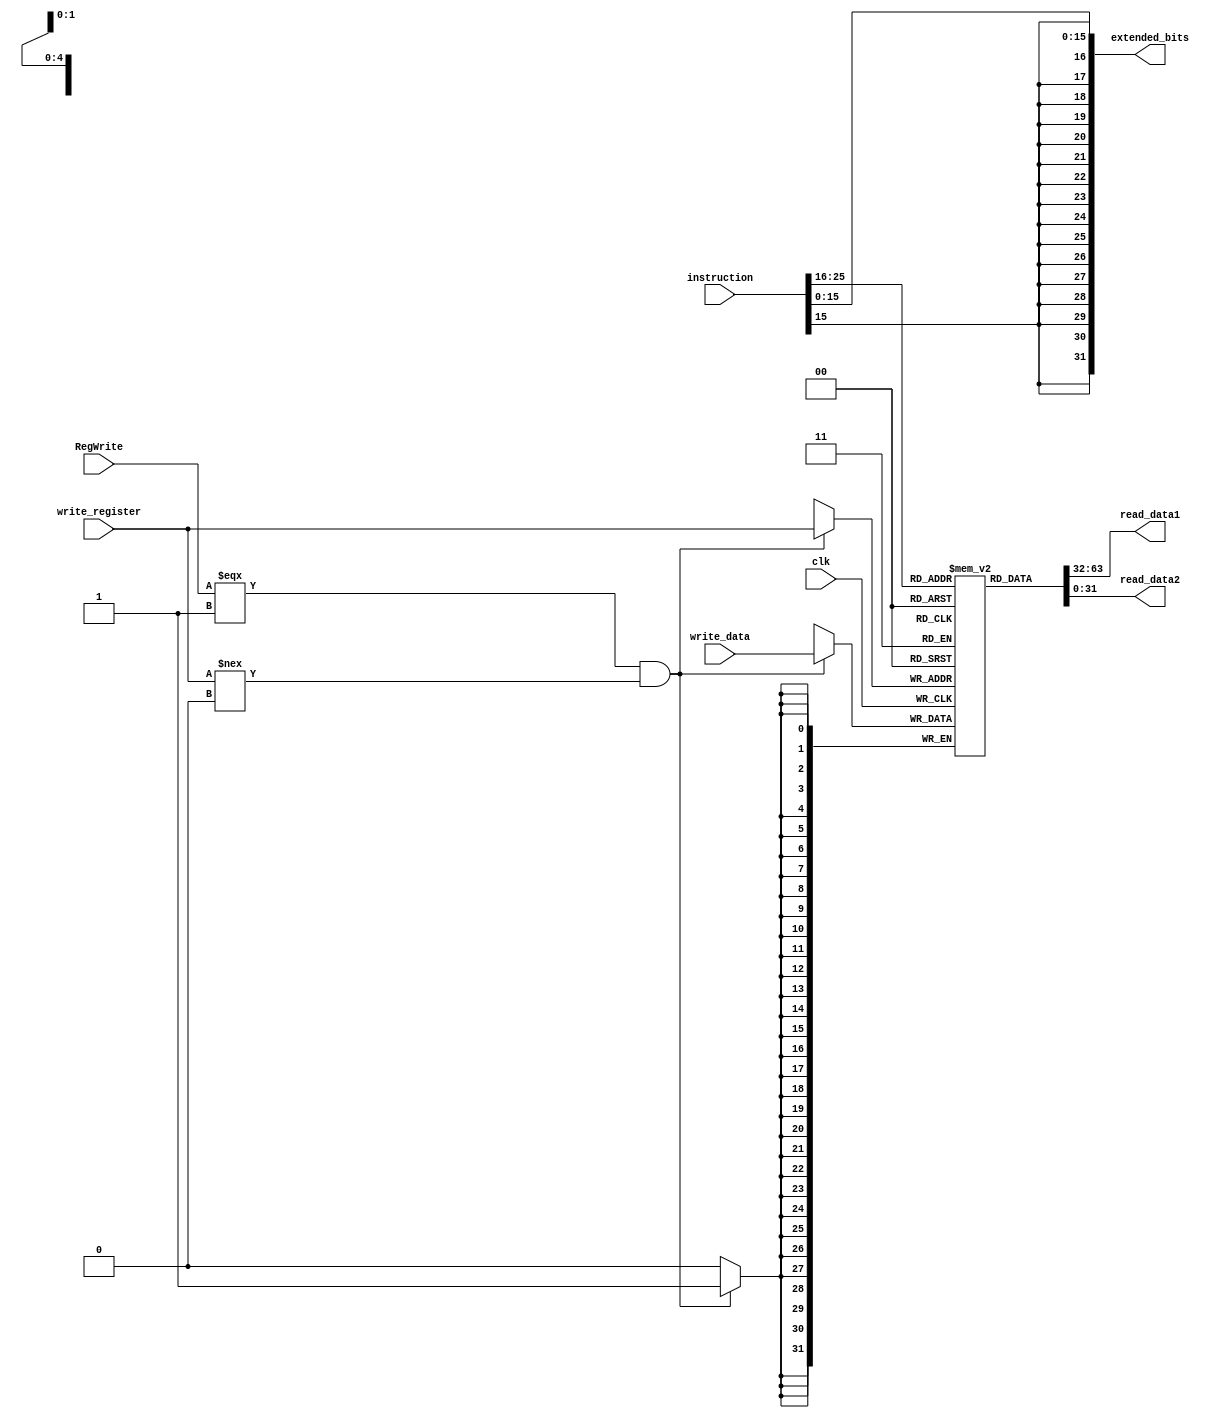
module ID_Register_File(// Input
                        clk, 
                        instruction, 
                        write_data, 
                        write_register, 
                        RegWrite,
                        // Output
                        read_data1, 
                        read_data2, 
                        extended_bits);

// INPUT 
input clk;
input [31:0] instruction;
input [31:0] write_data;
input [4:0] write_register;
input RegWrite;

// OUTPUT
output [31:0] read_data1;
output [31:0] read_data2;
output [31:0] extended_bits;

reg [31:0] registers [31:0];


integer i;
initial
begin
  for(i = 0; i < 32; i = i + 1)
    registers[i] = 32'b0;
  registers[29] = 32'd4000;
end

assign read_data1 = registers[instruction[25:21]];
assign read_data2 = registers[instruction[20:16]];
assign extended_bits = $signed(instruction[15:0]);


always @(posedge clk)
begin
  if((RegWrite === 1) && (write_register !== 5'b0))
	begin
		registers[write_register] <= write_data;
	end
end

endmodule